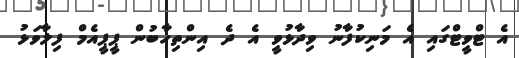
އެ ޓްވީޓްގައި އެ މަނިކުފާނު ވިދާޅުވީ އެ ދެ އިންތިހާބުން ޕީޕީއެމް ފިލާވަޅު